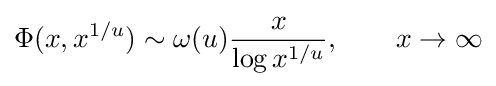
\Phi (x,x^{1/u})\sim \omega (u){\frac {x}{\log x^{1/u}}},\qquad x\to \infty